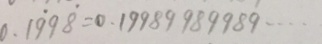
0 . 1 \dot { 9 } 9 \dot { 8 } = 0 . 1 9 9 8 9 9 8 9 9 8 9 \cdots